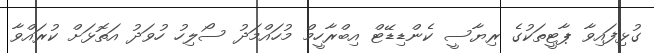
ގުޅިފައިވާ ޕާޓީތަކުގެ ރިޔާސީ ކެންޑިޑޭޓް އިބްރާހީމް މުހައްމަދު ސޯލިހު ހުވަދު އަތޮޅަށް ކުރައްވާ